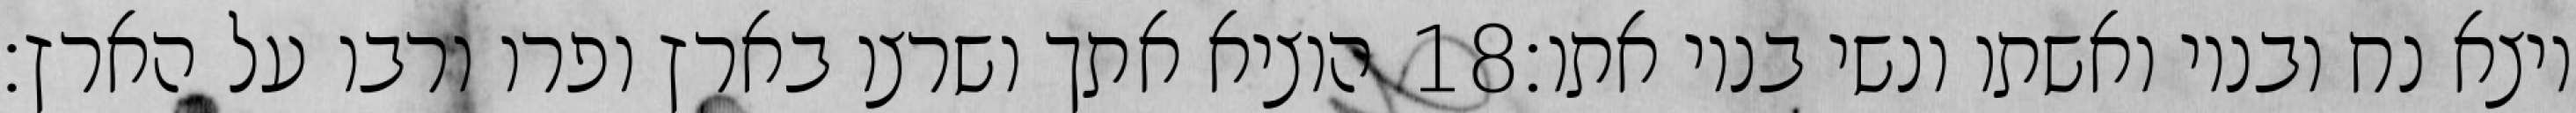
הוציא אתך ושרצו בארץ ופרו ורבו על הארץ׃ ‎18‏ ויצא נח ובניו ואשתו ונשי בניו אתו׃